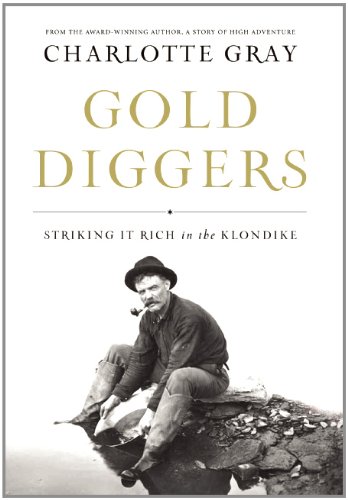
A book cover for Gold Diggers: Striking It Rich in the Klondike; Charlotte Gray; Biographies & Memoirs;